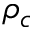
\rho _ { c }